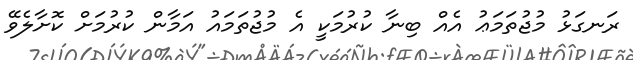
ރަނގަޅު މުޖުތަމަޢު އެއް ބިނާ ކުރުމަކީ އެ މުޖުތަމައު އަމާން ކުރުމަށް ކޮށާލެވޭ